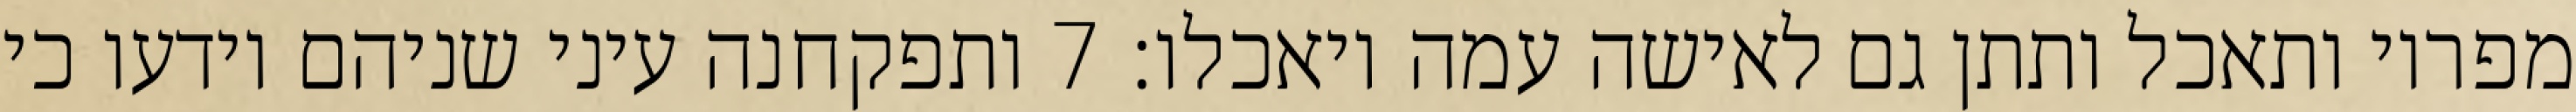
מפריו ותאכל ותתן גם לאישה עמה ויאכלו׃ ‎7‏ ותפקחנה עיני שניהם וידעו כי